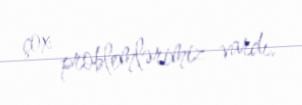
çox problemlərimiz vardı.